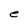
Character: e